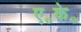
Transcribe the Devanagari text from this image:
ए॰के॰